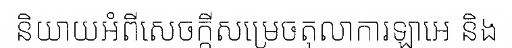
និយាយអំពីសេចក្តីសម្រេចតុលាការឡាអេ និង